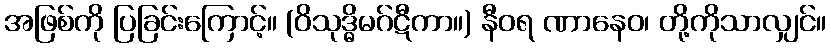
အဖြစ်ကို ပြခြင်းကြောင့်။ (ဝိသုဒ္ဓိမဂ်ဋီကာ။) နီဝရ ဏာနေဝ၊ တို့ကိုသာလျှင်။